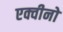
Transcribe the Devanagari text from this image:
एक्वीनो